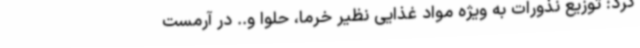
کرد: توزیع نذورات به ویژه مواد غذایی نظیر خرما، حلوا و.. در آرمست